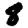
Digit: 8